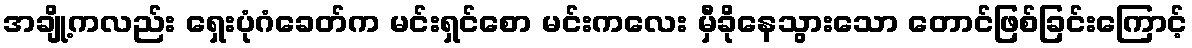
အချို့ကလည်း ရှေးပုံဂံခေတ်က မင်းရှင်စော မင်းကလေး မှီခိုနေသွားသော တောင်ဖြစ်ခြင်းကြောင့်